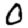
Digit: 0